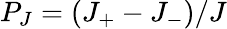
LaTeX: P_{J}=(J_{+}-J_{-})/J